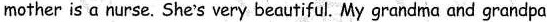
mother is a nurse. She's very beautiful. My grandma and grandpa